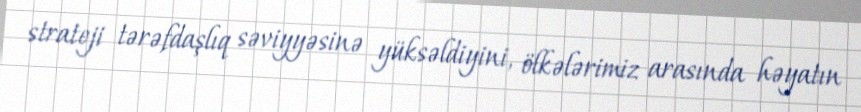
strateji tərəfdaşlıq səviyyəsinə yüksəldiyini, ölkələrimiz arasında həyatın